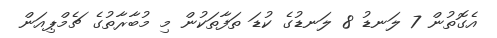
އެގޮތުން 7 ލަނޑު 8 ލަނޑުގެ ކުޑަ ތަފާތަކުން މި މުބާރާތުގެ ޗެމްޕިއަން